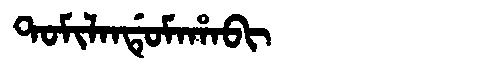
Manchu: ᡨᠣᠮᡳᠯᠠᠨᡩᡠᠮᠠᡥᠠᠪᡳ
Romanization: TOMILANDUMAHABI